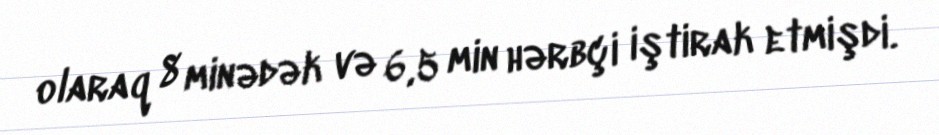
olaraq 8 minədək və 6,5 min hərbçi iştirak etmişdi.